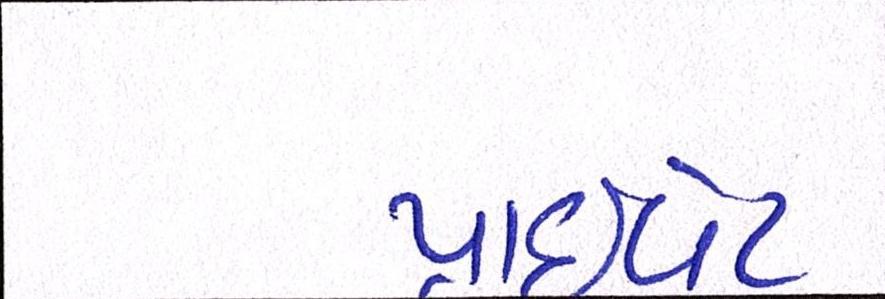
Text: પ્રાઈવેટ